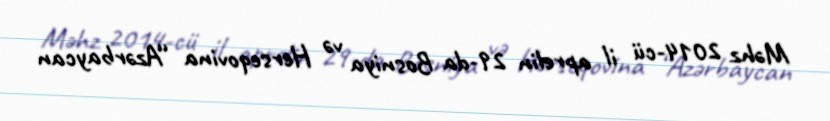
Məhz 2014-cü il aprelin 29-da Bosniya və Herseqovina “Azərbaycan